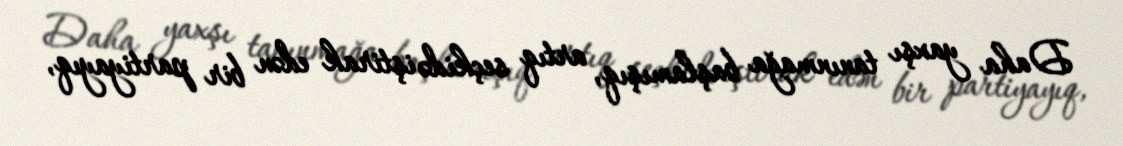
Daha yaxşı tanınmağa başlamışıq, artıq seçkidə iştirak edən bir partiyayıq,